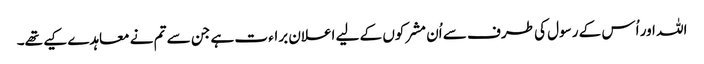
اللہ اور اُس کے رسول کی طرف سے اُن مشرکوں کے لیے اعلان براء ت ہے جن سے تم نے معاہدے کیے تھے۔